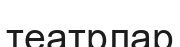
театрлар